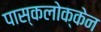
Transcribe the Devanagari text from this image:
पास्कलोक्केन